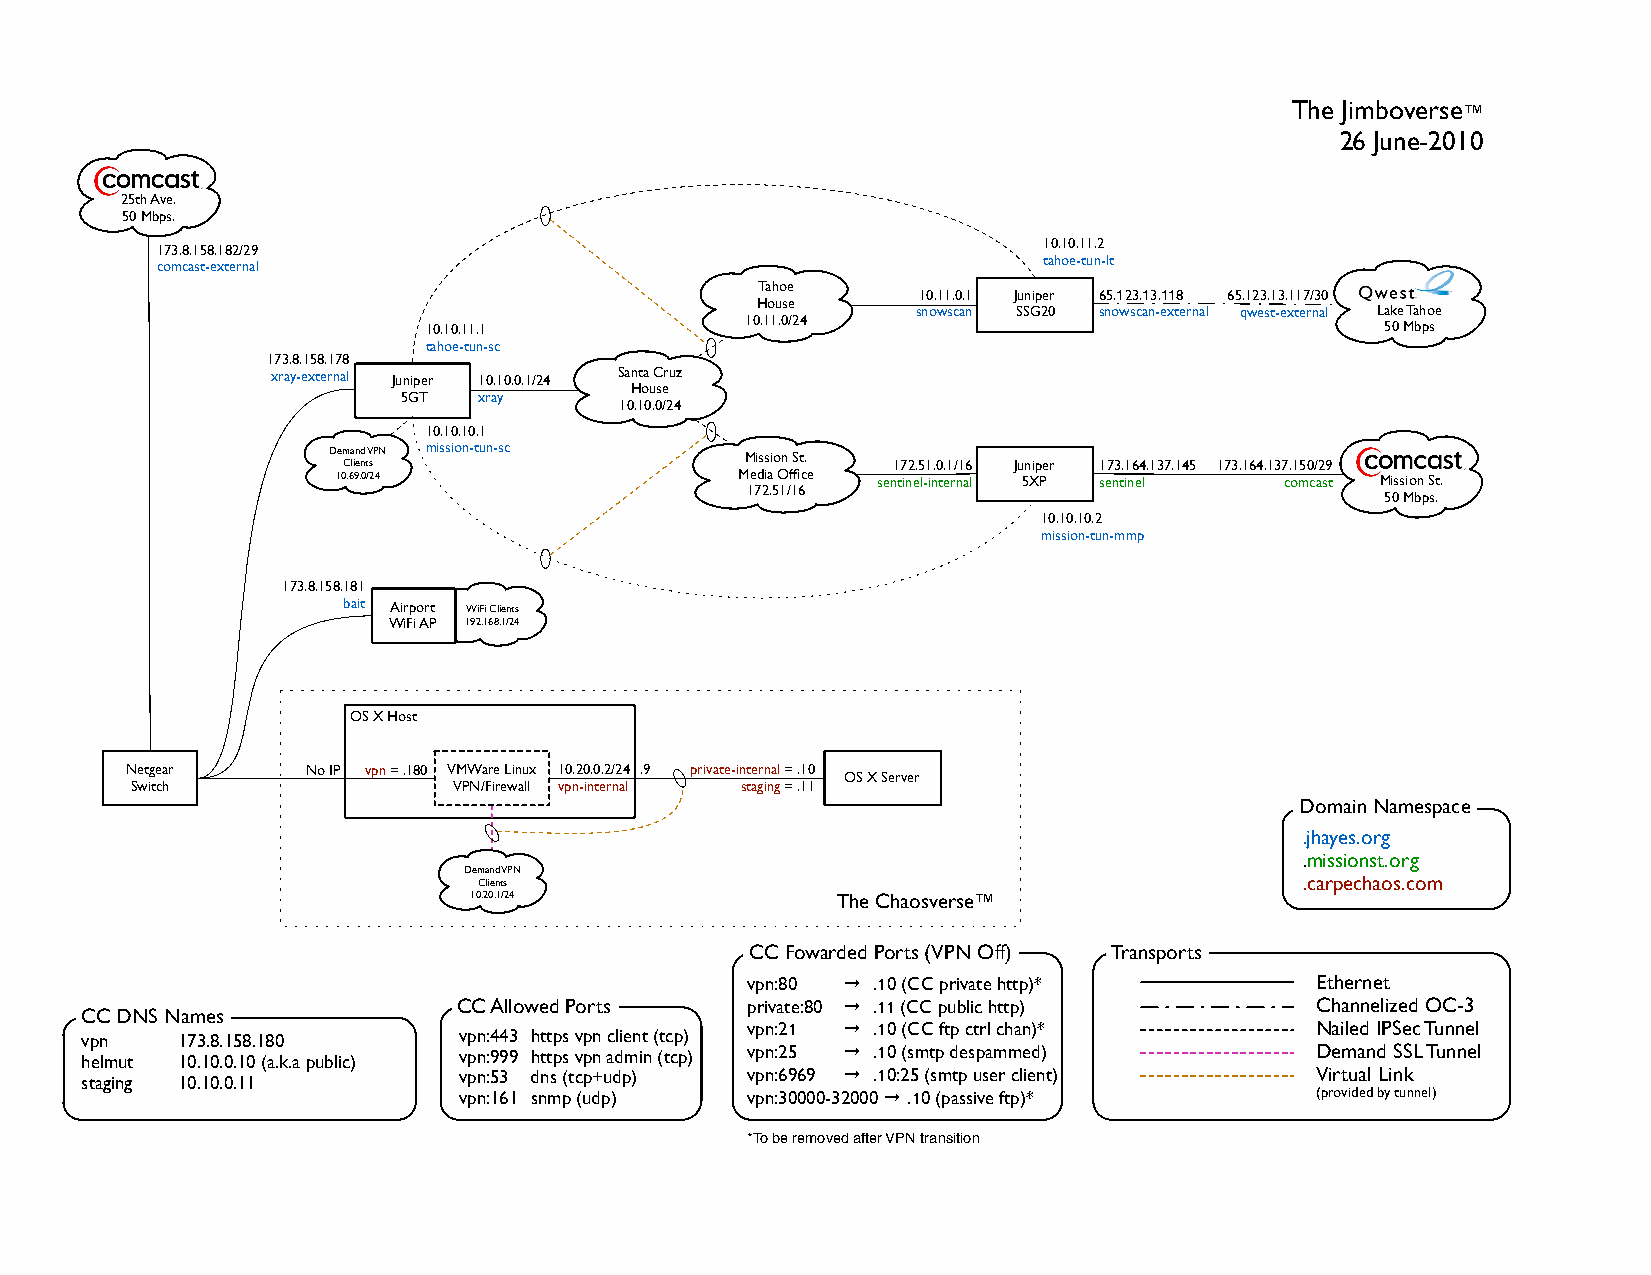
The Jimboverse™
 26 June-2010
 25th Ave.
 50 Mbps.
 10.10.11.2
 173.8.158.182/29
 tahoe-tun-lt
 comcast-external
 Tahoe
 10.11.0.1 Juniper 65.123.13.118 65.123.13.117/30
 House
 snowscan SSG20 snowscan-external qwest-external Lake Tahoe
 10.11.0/24
 10.10.11.1                                                      50 Mbps
 tahoe-tun-sc
 173.8.158.178
 xray-external Juniper 10.10.0.1/24 Santa Cruz
 House
 5GT  xray
 10.10.0/24
 10.10.10.1
 Demand VPN mission-tun-sc  Mission St.
 Clients                             172.51.0.1/16 Juniper 173.164.137.145 173.164.137.150/29
 10.69.0/24                 Media Office sentinel-internal 5XP sentinel comcast Mission St.
 172.51/16
 50 Mbps.
 10.10.10.2
 mission-tun-mmp
 173.8.158.181
 bait Airport WiFi Clients
 WiFi AP 192.168.1/24
 OS X Host
 Netgear     No IP vpn = .180 VMWare Linux 10.20.0.2/24 .9 private-internal = .10
 OS X Server
 Switch               VPN/Firewall vpn-internal staging = .11
 Domain Namespace
 .jhayes.org
 .missionst.org
 Demand VPN
 Clients                                               .carpechaos.com
 10.20.1/24              The Chaosverse™
 CC Fowarded Ports (VPN Off) Transports
 vpn:80 → .10 (CC private http)*       Ethernet
 CC Allowed Ports   private:80 → .11 (CC public http)     Channelized OC-3
 CC DNS Names
 vpn    173.8.158.180     vpn:443 https vpn client (tcp)
 vpn:21 → .10 (CC ftp ctrl chan)*      Nailed IPSec Tunnel
 helmut 10.10.0.10 (a.k.a public) vpn:999 https vpn admin (tcp) vpn:25 → .10 (smtp despammed) Demand SSL Tunnel
 staging 10.10.0.11       vpn:53 dns (tcp+udp) vpn:6969 → .10:25 (smtp user client) Virtual Link
 vpn:161 snmp (udp) vpn:30000-32000 → .10 (passive ftp)*  (provided by tunnel)
 *To be removed after VPN transition